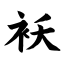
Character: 袄